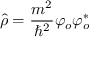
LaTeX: \hat { \rho } = \frac { m ^ { 2 } } { \hbar ^ { 2 } } \varphi _ { o } \varphi _ { o } ^ { * }